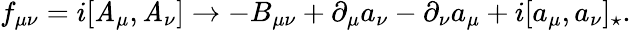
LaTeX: f_{\mu\nu}=i[\mathit{A}_{\mu},\mathit{A}_{\nu}]\rightarrow-B_{\mu\nu}+\partial_{\mu}a_{\nu}-\partial_{\nu}a_{\mu}+i[a_{\mu},a_{\nu}]_{\star}.